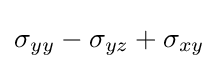
\sigma _{yy}-\sigma _{yz}+\sigma _{xy}